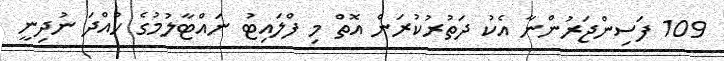
109 ފަސިންޖަރުންނާ އެކު ދަތުރުކުރަން އޮތް މި ފްލައިޓު ނައްޓާލުމުގެ ހުއްދަ ނުދިނީ